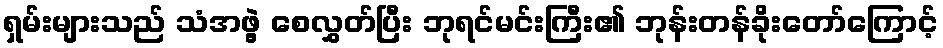
ရှမ်းများသည် သံအဖွဲ့ စေလွှတ်ပြီး ဘုရင်မင်းကြီး၏ ဘုန်းတန်ခိုးတော်ကြောင့်